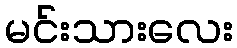
မင်းသားလေး